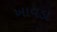
ખાવડા